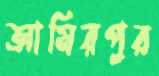
আমিরপুর